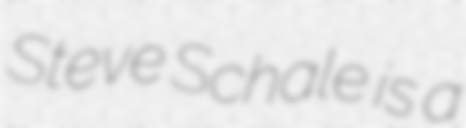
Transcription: Steve Schale is a